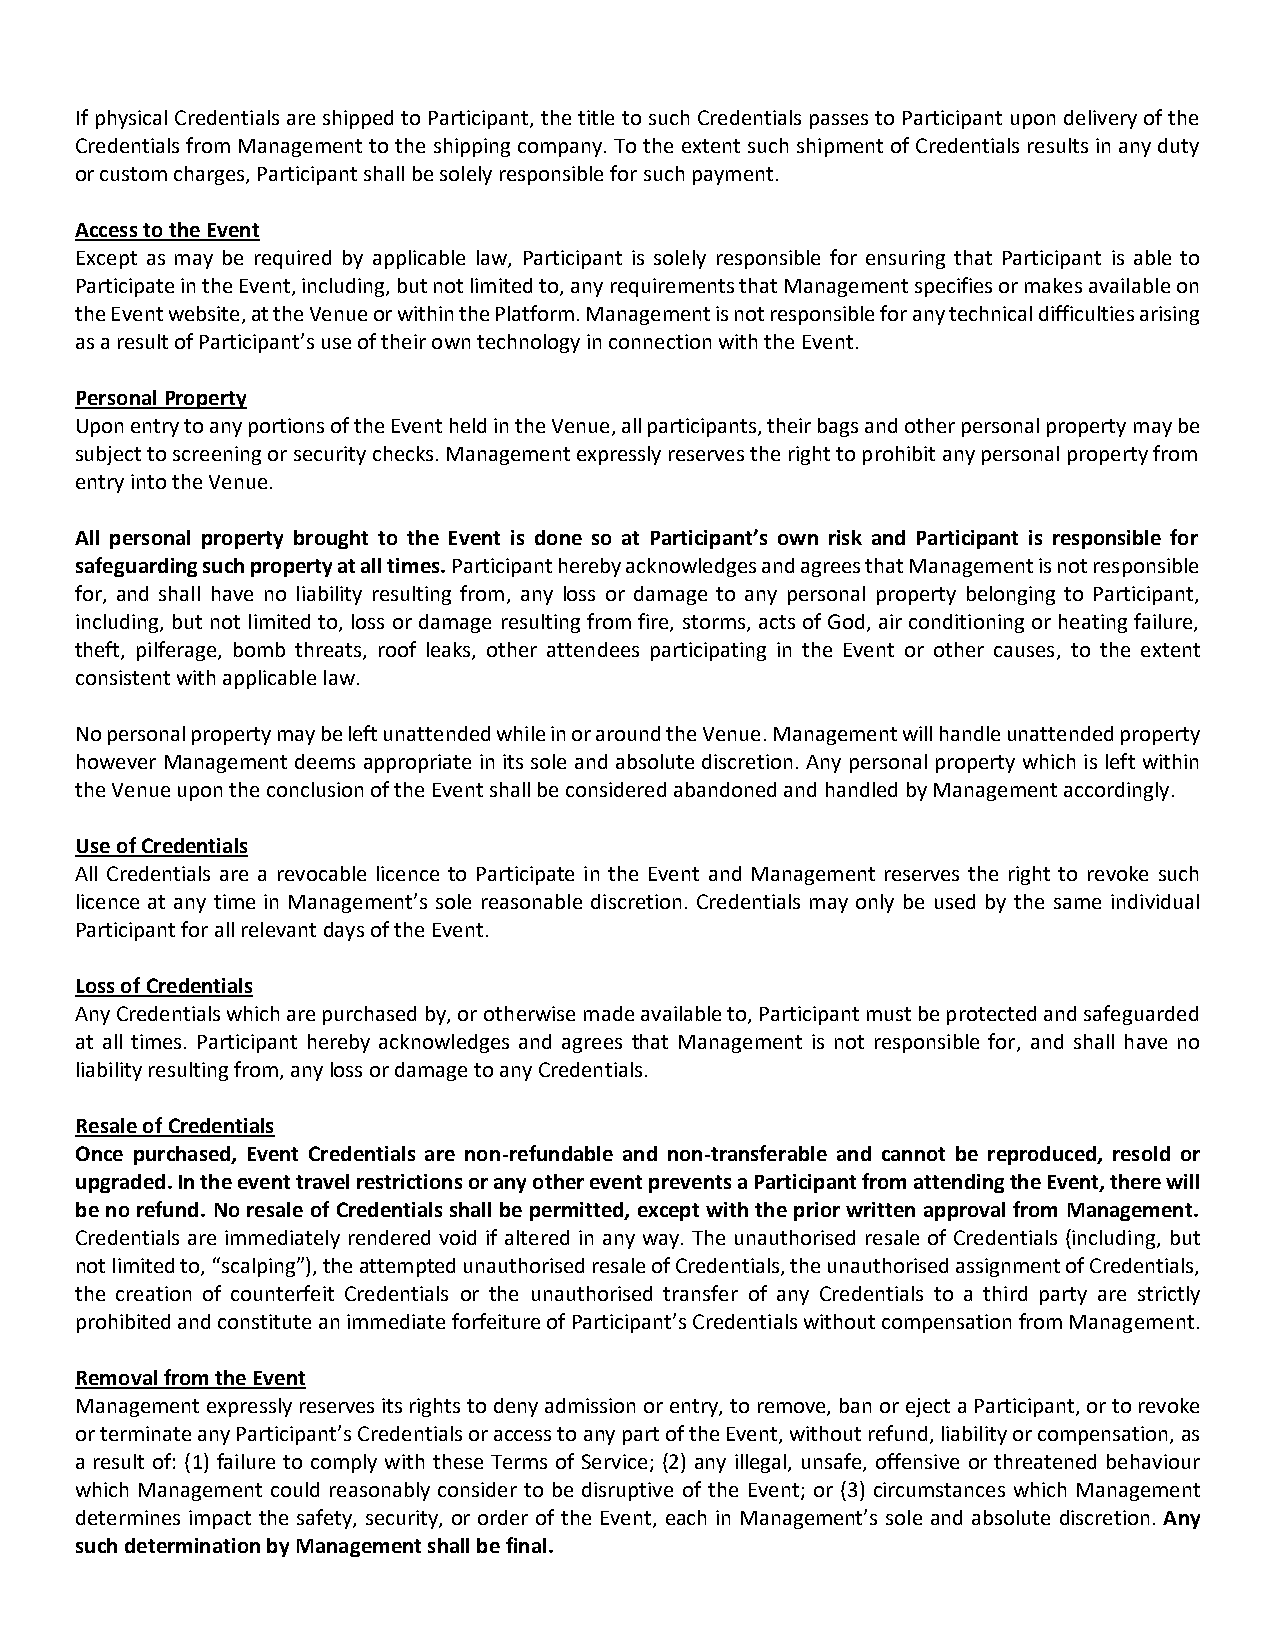
If physical Credentials are shipped to Participant, the title to such Credentials passes to Participant upon delivery of the
 Credentials from Management to the shipping company. To the extent such shipment of Credentials results in any duty
 or custom charges, Participant shall be solely responsible for such payment.
 Access to the Event
 Except as may be required by applicable law, Participant is solely responsible for ensuring that Participant is able to
 Participate in the Event, including, but not limited to, any requirements that Management specifies or makes available on
 the Event website, at the Venue or within the Platform. Management is not responsible for any technical difficulties arising
 as a result of Participant’s use of their own technology in connection with the Event.
 Personal Property
 Upon entry to any portions of the Event held in the Venue, all participants, their bags and other personal property may be
 subject to screening or security checks. Management expressly reserves the right to prohibit any personal property from
 entry into the Venue.
 All personal property brought to the Event is done so at Participant’s own risk and Participant is responsible for
 safeguarding such property at all times. Participant hereby acknowledges and agrees that Management is not responsible
 for, and shall have no liability resulting from, any loss or damage to any personal property belonging to Participant,
 including, but not limited to, loss or damage resulting from fire, storms, acts of God, air conditioning or heating failure,
 theft, pilferage, bomb threats, roof leaks, other attendees participating in the Event or other causes, to the extent
 consistent with applicable law.
 No personal property may be left unattended while in or around the Venue. Management will handle unattended property
 however Management deems appropriate in its sole and absolute discretion. Any personal property which is left within
 the Venue upon the conclusion of the Event shall be considered abandoned and handled by Management accordingly.
 Use of Credentials
 All Credentials are a revocable licence to Participate in the Event and Management reserves the right to revoke such
 licence at any time in Management’s sole reasonable discretion. Credentials may only be used by the same individual
 Participant for all relevant days of the Event.
 Loss of Credentials
 Any Credentials which are purchased by, or otherwise made available to, Participant must be protected and safeguarded
 at all times. Participant hereby acknowledges and agrees that Management is not responsible for, and shall have no
 liability resulting from, any loss or damage to any Credentials.
 Resale of Credentials
 Once purchased, Event Credentials are non-refundable and non-transferable and cannot be reproduced, resold or
 upgraded. In the event travel restrictions or any other event prevents a Participant from attending the Event, there will
 be no refund. No resale of Credentials shall be permitted, except with the prior written approval from Management.
 Credentials are immediately rendered void if altered in any way. The unauthorised resale of Credentials (including, but
 not limited to, “scalping”), the attempted unauthorised resale of Credentials, the unauthorised assignment of Credentials,
 the creation of counterfeit Credentials or the unauthorised transfer of any Credentials to a third party are strictly
 prohibited and constitute an immediate forfeiture of Participant’s Credentials without compensation from Management.
 Removal from the Event
 Management expressly reserves its rights to deny admission or entry, to remove, ban or eject a Participant, or to revoke
 or terminate any Participant’s Credentials or access to any part of the Event, without refund, liability or compensation, as
 a result of: (1) failure to comply with these Terms of Service; (2) any illegal, unsafe, offensive or threatened behaviour
 which Management could reasonably consider to be disruptive of the Event; or (3) circumstances which Management
 determines impact the safety, security, or order of the Event, each in Management’s sole and absolute discretion. Any
 such determination by Management shall be final.